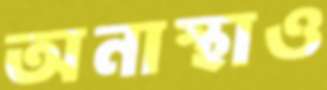
অনাস্থাও